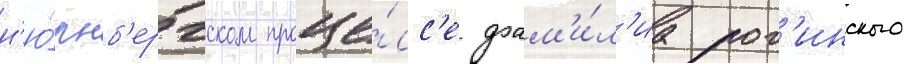
н'ю́рнб'ергском проце́сс'е фам'и́л'иа рог'инского